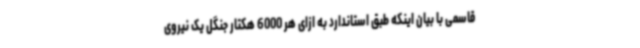
قاسمی با بیان اینکه طبق استاندارد به ازای هر 6000 هکتار جنگل یک نیروی